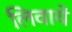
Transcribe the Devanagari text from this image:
लिवायें